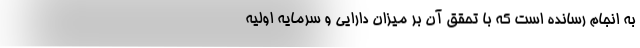
به انجام رسانده است که با تحقق آن بر میزان دارایی و سرمایه اولیه